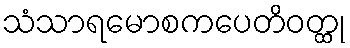
သံသာရမောစကပေတိဝတ္ထု